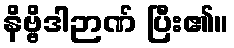
နိဗ္ဗိဒါဉာဏ် ပြီး၏။